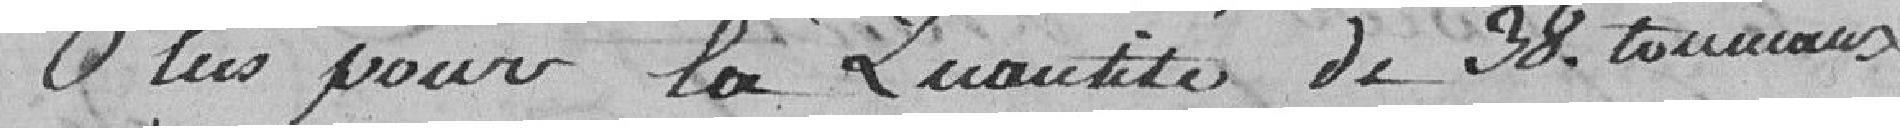
Plus pour la quantité de 38 tonnaux